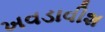
ખવડાવીશ